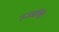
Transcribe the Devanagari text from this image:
उज्जयिी